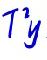
$T^{2}y$